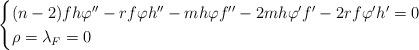
LaTeX: \begin{align*} \begin{cases}(n-2)fh\varphi'' - rf\varphi h'' - mh\varphi f'' -2mh\varphi'f'-2rf\varphi'h'=0\\\rho=\lambda_F=0\\\end{cases}\end{align*}